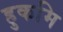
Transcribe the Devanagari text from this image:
हुकमि